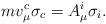
LaTeX: \begin{align*}mv_{\mu}^c \sigma_c = A_{\mu}^i \sigma_i .\end{align*}